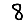
Digit: 8